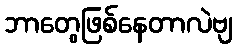
ဘာတွေဖြစ်နေတာလဲဗျ